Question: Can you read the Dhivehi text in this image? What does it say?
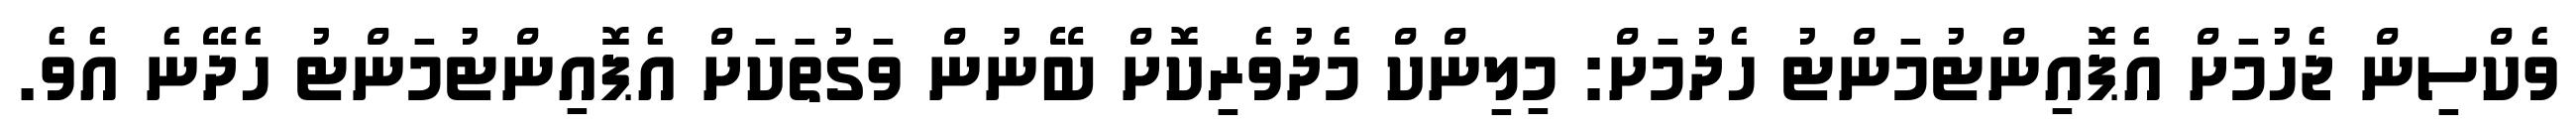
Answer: ވެކްސިން ޖެހުމަށް އެޕޮއިންޓުމަންޓު ހެދުމަށް: މިލިންކް މެދުވެރިކޮށް ބޭނުން ވަގުތަކަށް އެޕޮއިންޓުމަންޓު ހެދޭނެ އެވެ.